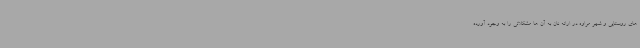
های روستایی و شهر مراوه در ارائه نان به آن ها مشکلاتی را به وجود آورده